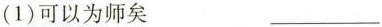
(1)可以为师矣___